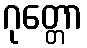
ဂုတ္တော